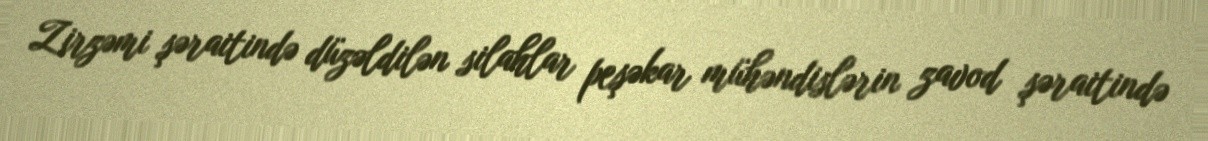
Zirzəmi şəraitində düzəldilən silahlar peşəkar mühəndislərin zavod şəraitində